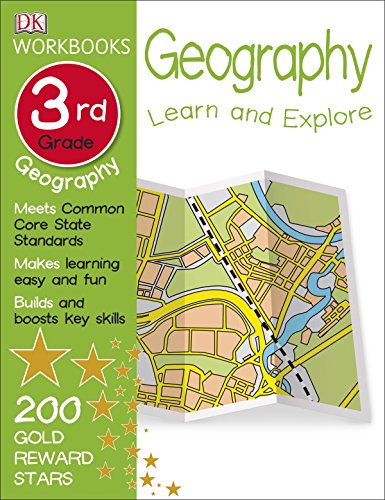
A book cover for DK Workbooks: Geography, Third Grade; DK; Children's Books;